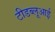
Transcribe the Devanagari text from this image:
टीडब्लूआई